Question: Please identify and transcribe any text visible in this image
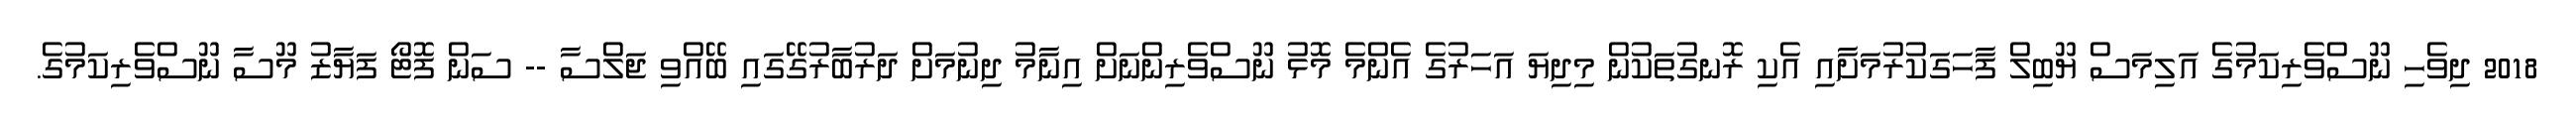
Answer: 2018 ދިވެހި ނޫސްވެރިކަމުގެ އަލިމަސް ޔޫބިލް ފާހަގަކުރުމަށާއި އެކި ރޮނގުތަކުން މިދިޔަ އަހަރުގެ އެންމެ މޮޅު ނޫސްވެރިންނަށް އިނާމު ދިނުމަށް ދަރުބާރުގޭގައި ބޭއްވި ޖަލްސާ -- ސަން ފޮޓޯ ފަޔާޒު މޫސާ ނޫސްވެރިކަމުގެ.